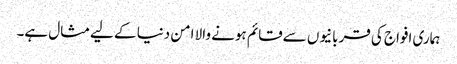
ہماری افواج کی قربانیوں سےقائم ہونے والا امن دنیا کے لیےمثال ہے۔